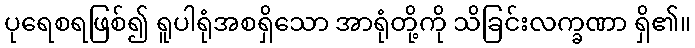
ပုရေစရဖြစ်၍ ရူပါရုံအစရှိသော အာရုံတို့ကို သိခြင်းလက္ခဏာ ရှိ၏။